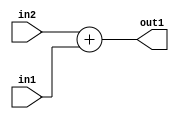
`timescale 1ps / 1ps
/*****************************************************************************
    Verilog RTL Description
    
    
    Created by: Stratus DpOpt 2019.1.01 
*******************************************************************************/

module SobelFilter_Add_2Ux1U_2U_1 (
	in2,
	in1,
	out1
	); /* architecture "behavioural" */ 
input [1:0] in2;
input  in1;
output [1:0] out1;
wire [1:0] asc001;

assign asc001 = 
	+(in2)
	+(in1);

assign out1 = asc001;
endmodule

/* CADENCE  urnzQg4= : u9/ySgnWtBlWxVPRXgAZ4Og= ** DO NOT EDIT THIS LINE ******/